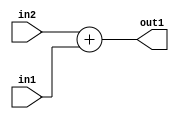
`timescale 1ps / 1ps
/*****************************************************************************
    Verilog RTL Description
    
    
    Created by: Stratus DpOpt 2019.1.01 
*******************************************************************************/

module SobelFilter_Add_2Ux1U_2U_1 (
	in2,
	in1,
	out1
	); /* architecture "behavioural" */ 
input [1:0] in2;
input  in1;
output [1:0] out1;
wire [1:0] asc001;

assign asc001 = 
	+(in2)
	+(in1);

assign out1 = asc001;
endmodule

/* CADENCE  urnzQg4= : u9/ySgnWtBlWxVPRXgAZ4Og= ** DO NOT EDIT THIS LINE ******/